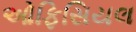
ઓફિસિયલ